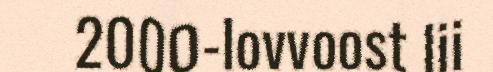
2000-lovvoost lii